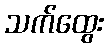
သက်ထွေး